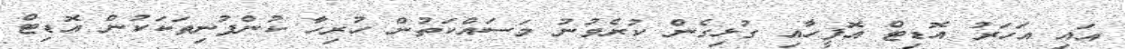
އައި އަހަރު އޮޑިޓް އޮފީހާއި ގުޅިގެން ކުރެވުނު މަސައްކަތުން ހުރިހާ ކުންފުނިތަކަކުން އޮޑިޓް